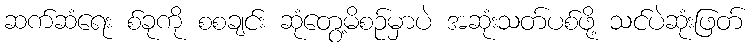
ဆက်ဆံရေး စ်ခုကို စစချင်း ဆုံတွေ့မိစဉ်မှာပဲ အဆုံးသတ်ပစ်ဖို့ သင်ပဲဆုံးဖြတ်